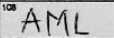
Transcription: AML